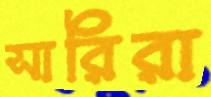
সারিরা